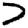
Digit: 7